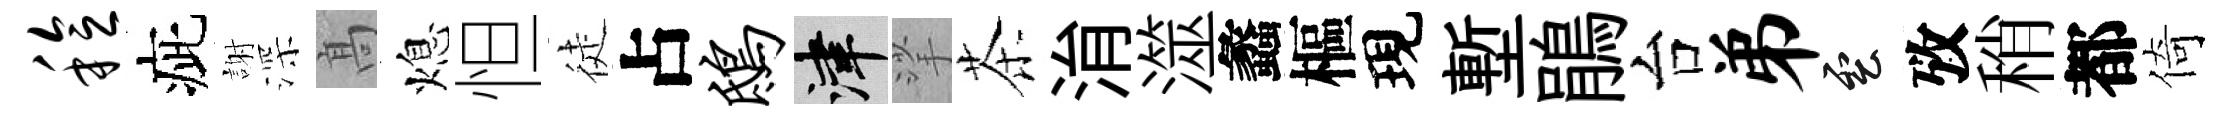
稔疵謝深髙熄怛徒占鸱津挲茶㳙澨蠡樞現塹鵑台弟雲攷稍都倚